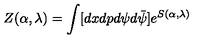
Z ( \alpha , \lambda ) = \int [ d x d p d \psi d \bar { \psi } ] e ^ { S ( \alpha , \lambda ) }